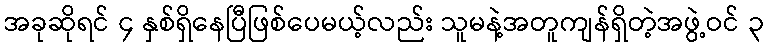
အခုဆိုရင် ၄ နှစ်ရှိနေပြီဖြစ်ပေမယ့်လည်း သူမနဲ့အတူကျန်ရှိတဲ့အဖွဲ့ဝင် ၃